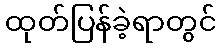
ထုတ်ပြန်ခဲ့ရာတွင်